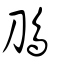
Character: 鳭